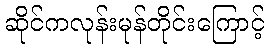
ဆိုင်ကလုန်းမုန်တိုင်းကြောင့်